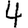
Digit: 4